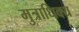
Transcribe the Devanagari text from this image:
मुत्राधिक्य